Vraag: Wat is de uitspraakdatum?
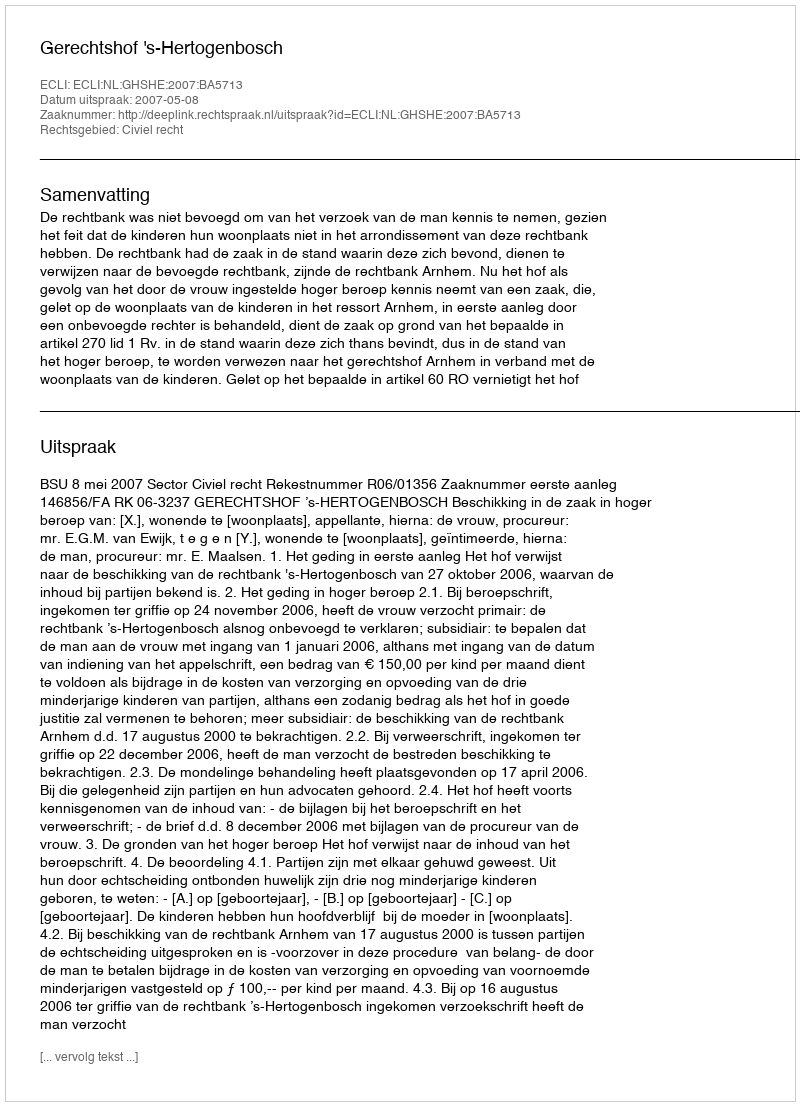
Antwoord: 2007-05-08